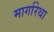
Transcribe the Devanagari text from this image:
मार्गारेथा